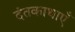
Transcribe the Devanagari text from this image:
दंतकाथाएँ